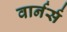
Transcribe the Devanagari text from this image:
वार्नर्स